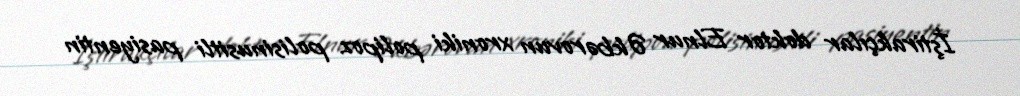
İştirakçılar doktor Elnur Əkbərovun xroniki polipoz polisinusitli pasiyentin